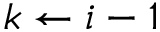
k \gets i - 1